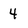
Character: 4